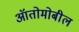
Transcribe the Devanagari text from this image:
ऑतोमोबील